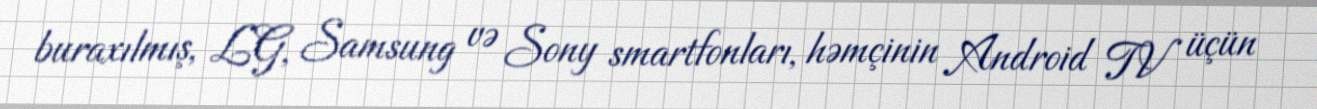
buraxılmış, LG, Samsung və Sony smartfonları, həmçinin Android TV üçün